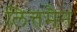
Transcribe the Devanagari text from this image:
लित्तमैन